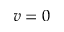
v = 0